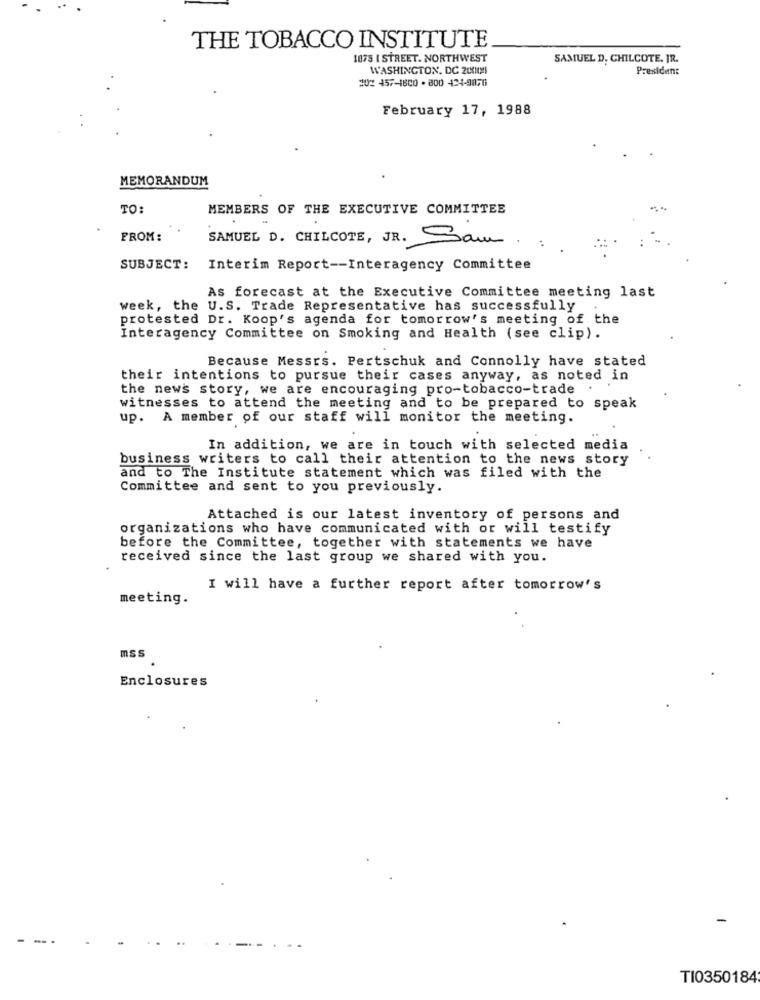
THE TOBACCO INSTITUTE
1075 I STREET. NORTHWEST
SAMUEL D. CHILCOTE. JR.
WASHINGTON, DC 200108
President
30: 457-1600 -800 424-9876
February 17, 1988
MEMORANDUM
TO:
MEMBERS OF THE EXECUTIVE COMMITTEE
FROM:
SAMUEL D. CHILCOTE, JR. Sam.
SUBJECT:
Interim Report -- Interagency Committee
As forecast at the Executive Committee meeting last
week, the U.S. Trade Representative has successfully
protested Dr. Koop's agenda for tomorrow's meeting of the
Interagency Committee on Smoking and Health (see clip).
Because Messrs. Pertschuk and Connolly have stated
their intentions to pursue their cases anyway, as noted in
the news story, we are encouraging pro-tobacco-trade .
witnesses to attend the meeting and to be prepared to speak
up. A member of our staff will monitor the meeting.
In addition, we are in touch with selected media
business writers to call their attention to the news story
and to The Institute statement which was filed with the
Committee and sent to you previously.
Attached is our latest inventory of persons and
organizations who have communicated with or will testify
before the Committee, together with statements we have
received since the last group we shared with you.
I will have a further report after tomorrow's
meeting.
mss
Enclosures
TI0350184